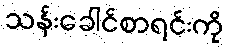
သန်းခေါင်စာရင်းကို